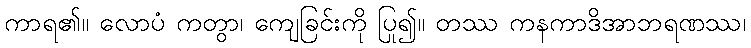
ကာရ၏။ လောပံ ကတွာ၊ ကျေခြင်းကို ပြု၍။ တဿ ကနကာဒိအာဘရဏဿ၊